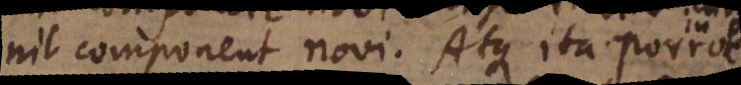
nil componunt novi. Atque ita porro